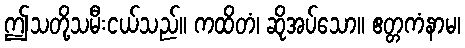
ဤသတို့သမီးငယ်သည်။ ကထိတံ၊ ဆိုအပ်သော။ ဧတ္တကံနာမ၊